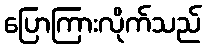
ပြောကြားလိုက်သည်